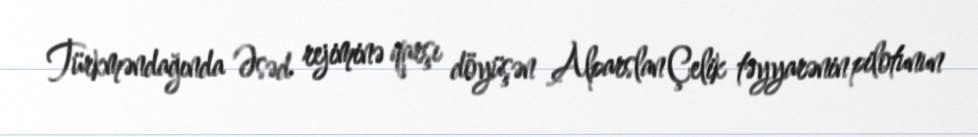
Türkməndağında Əsəd rejiminə qarşı döyüşən Alparslan Çelik təyyarənin pilotunun